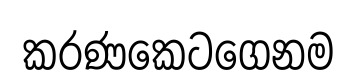
කරණකෙටගෙනම